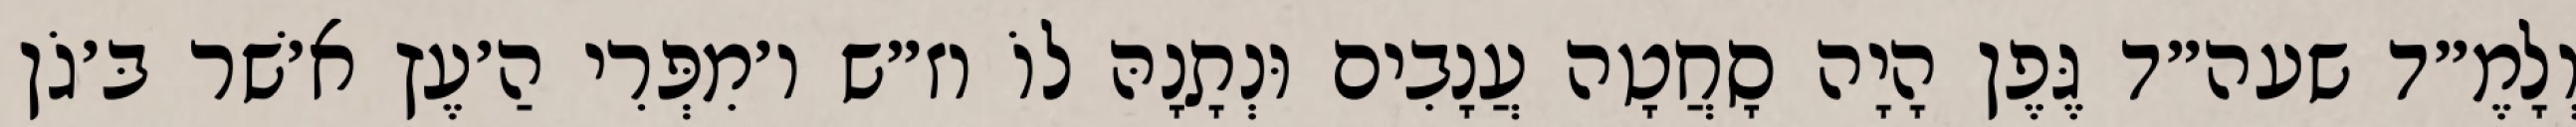
וְלָמֶ״ד שעה״ד גֶּפֶן הָיָה סָחֲטָה עֲנָבִים וּנְתָנָהּ לוֹ וז״ש ו׳מִפְּרִי הַ׳עֶץ א׳שׁר בּ׳גֹן